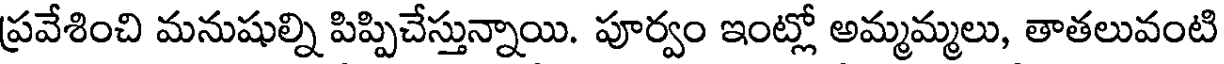
ప్రవేశించి మనుషుల్ని పిప్పిచేస్తున్నాయి. పూర్వం ఇంట్లో అమ్మమ్మలు, తాతలువంటి